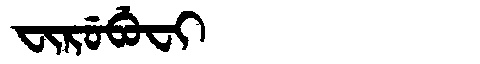
Manchu: ᠸᡳᡵᡠᠪᡠᠸᡳ
Romanization: FIRUBUFI